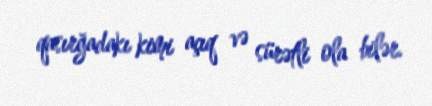
qasırğadakı kimi açıq və sürətli ola bilər.